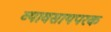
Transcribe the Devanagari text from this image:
व्यावसायपरक